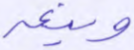
وينعه